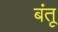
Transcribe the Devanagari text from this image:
बंतू